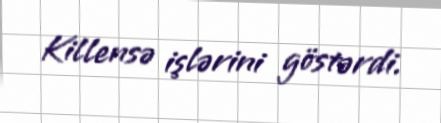
Killensə işlərini göstərdi.